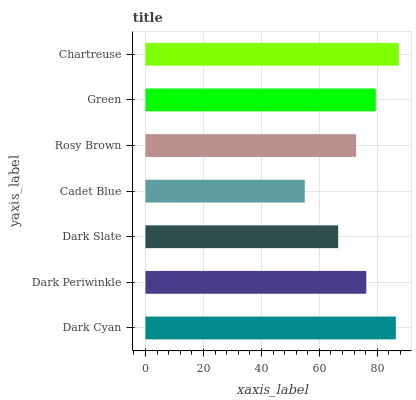
| yaxis_label | bars |
 | --- | --- |
 | Dark Cyan | 86.4 |
 | Dark Periwinkle | 76.2 |
 | Dark Slate | 66.5 |
 | Cadet Blue | 55 |
 | Rosy Brown | 72.7 |
 | Green | 79.5 |
 | Chartreuse | 87.4 |